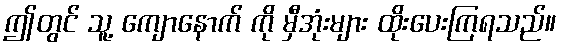
ဤတွင် သူ့ ကျောနောက် ကို မှီအုံးများ ထိုးပေးကြရသည်။